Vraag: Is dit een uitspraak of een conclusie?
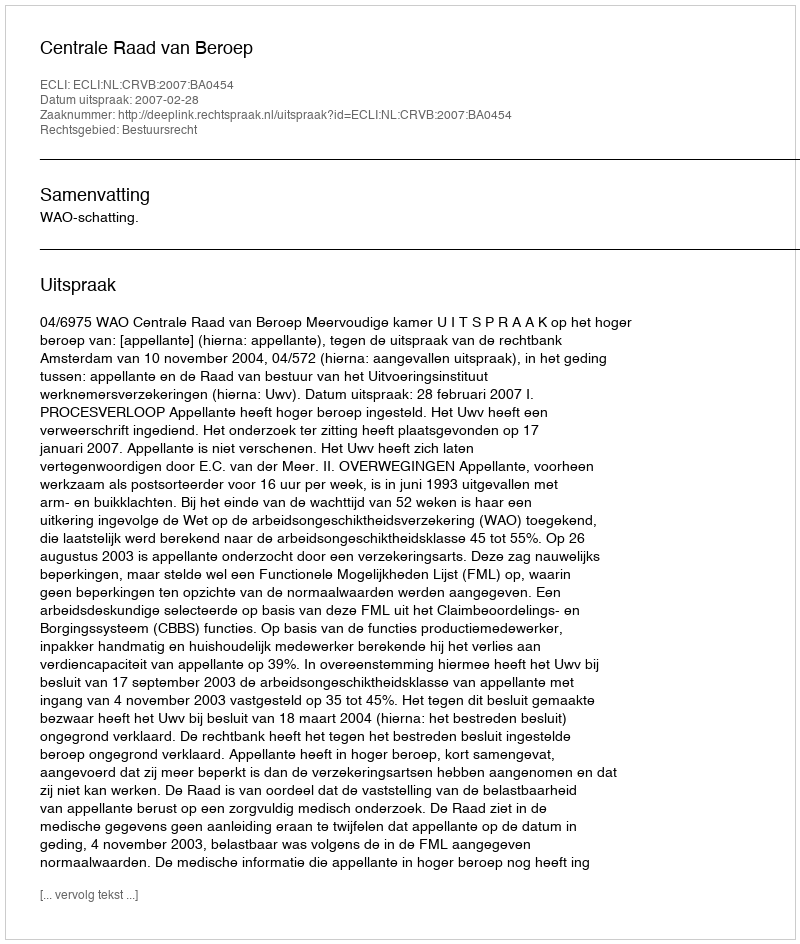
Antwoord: Uitspraak